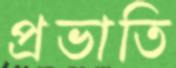
প্রভাতি